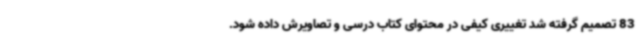
83 تصمیم گرفته شد تغییری کیفی در محتوای کتاب درسی و تصاویرش داده شود.